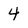
Character: 4